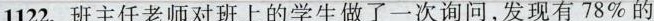
1122.班主任老师对班上的学生做了一次询问，发现有78%的